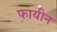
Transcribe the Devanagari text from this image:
फायीन